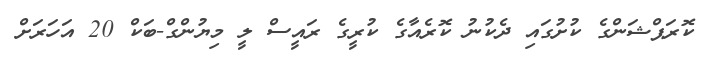
ކޮރަޕްޝަންގެ ކުށުގައި ދެކުނު ކޮރެއާގެ ކުރީގެ ރައީސް ލީ މިޔުންގް-ބަކް 20 އަހަރަށް